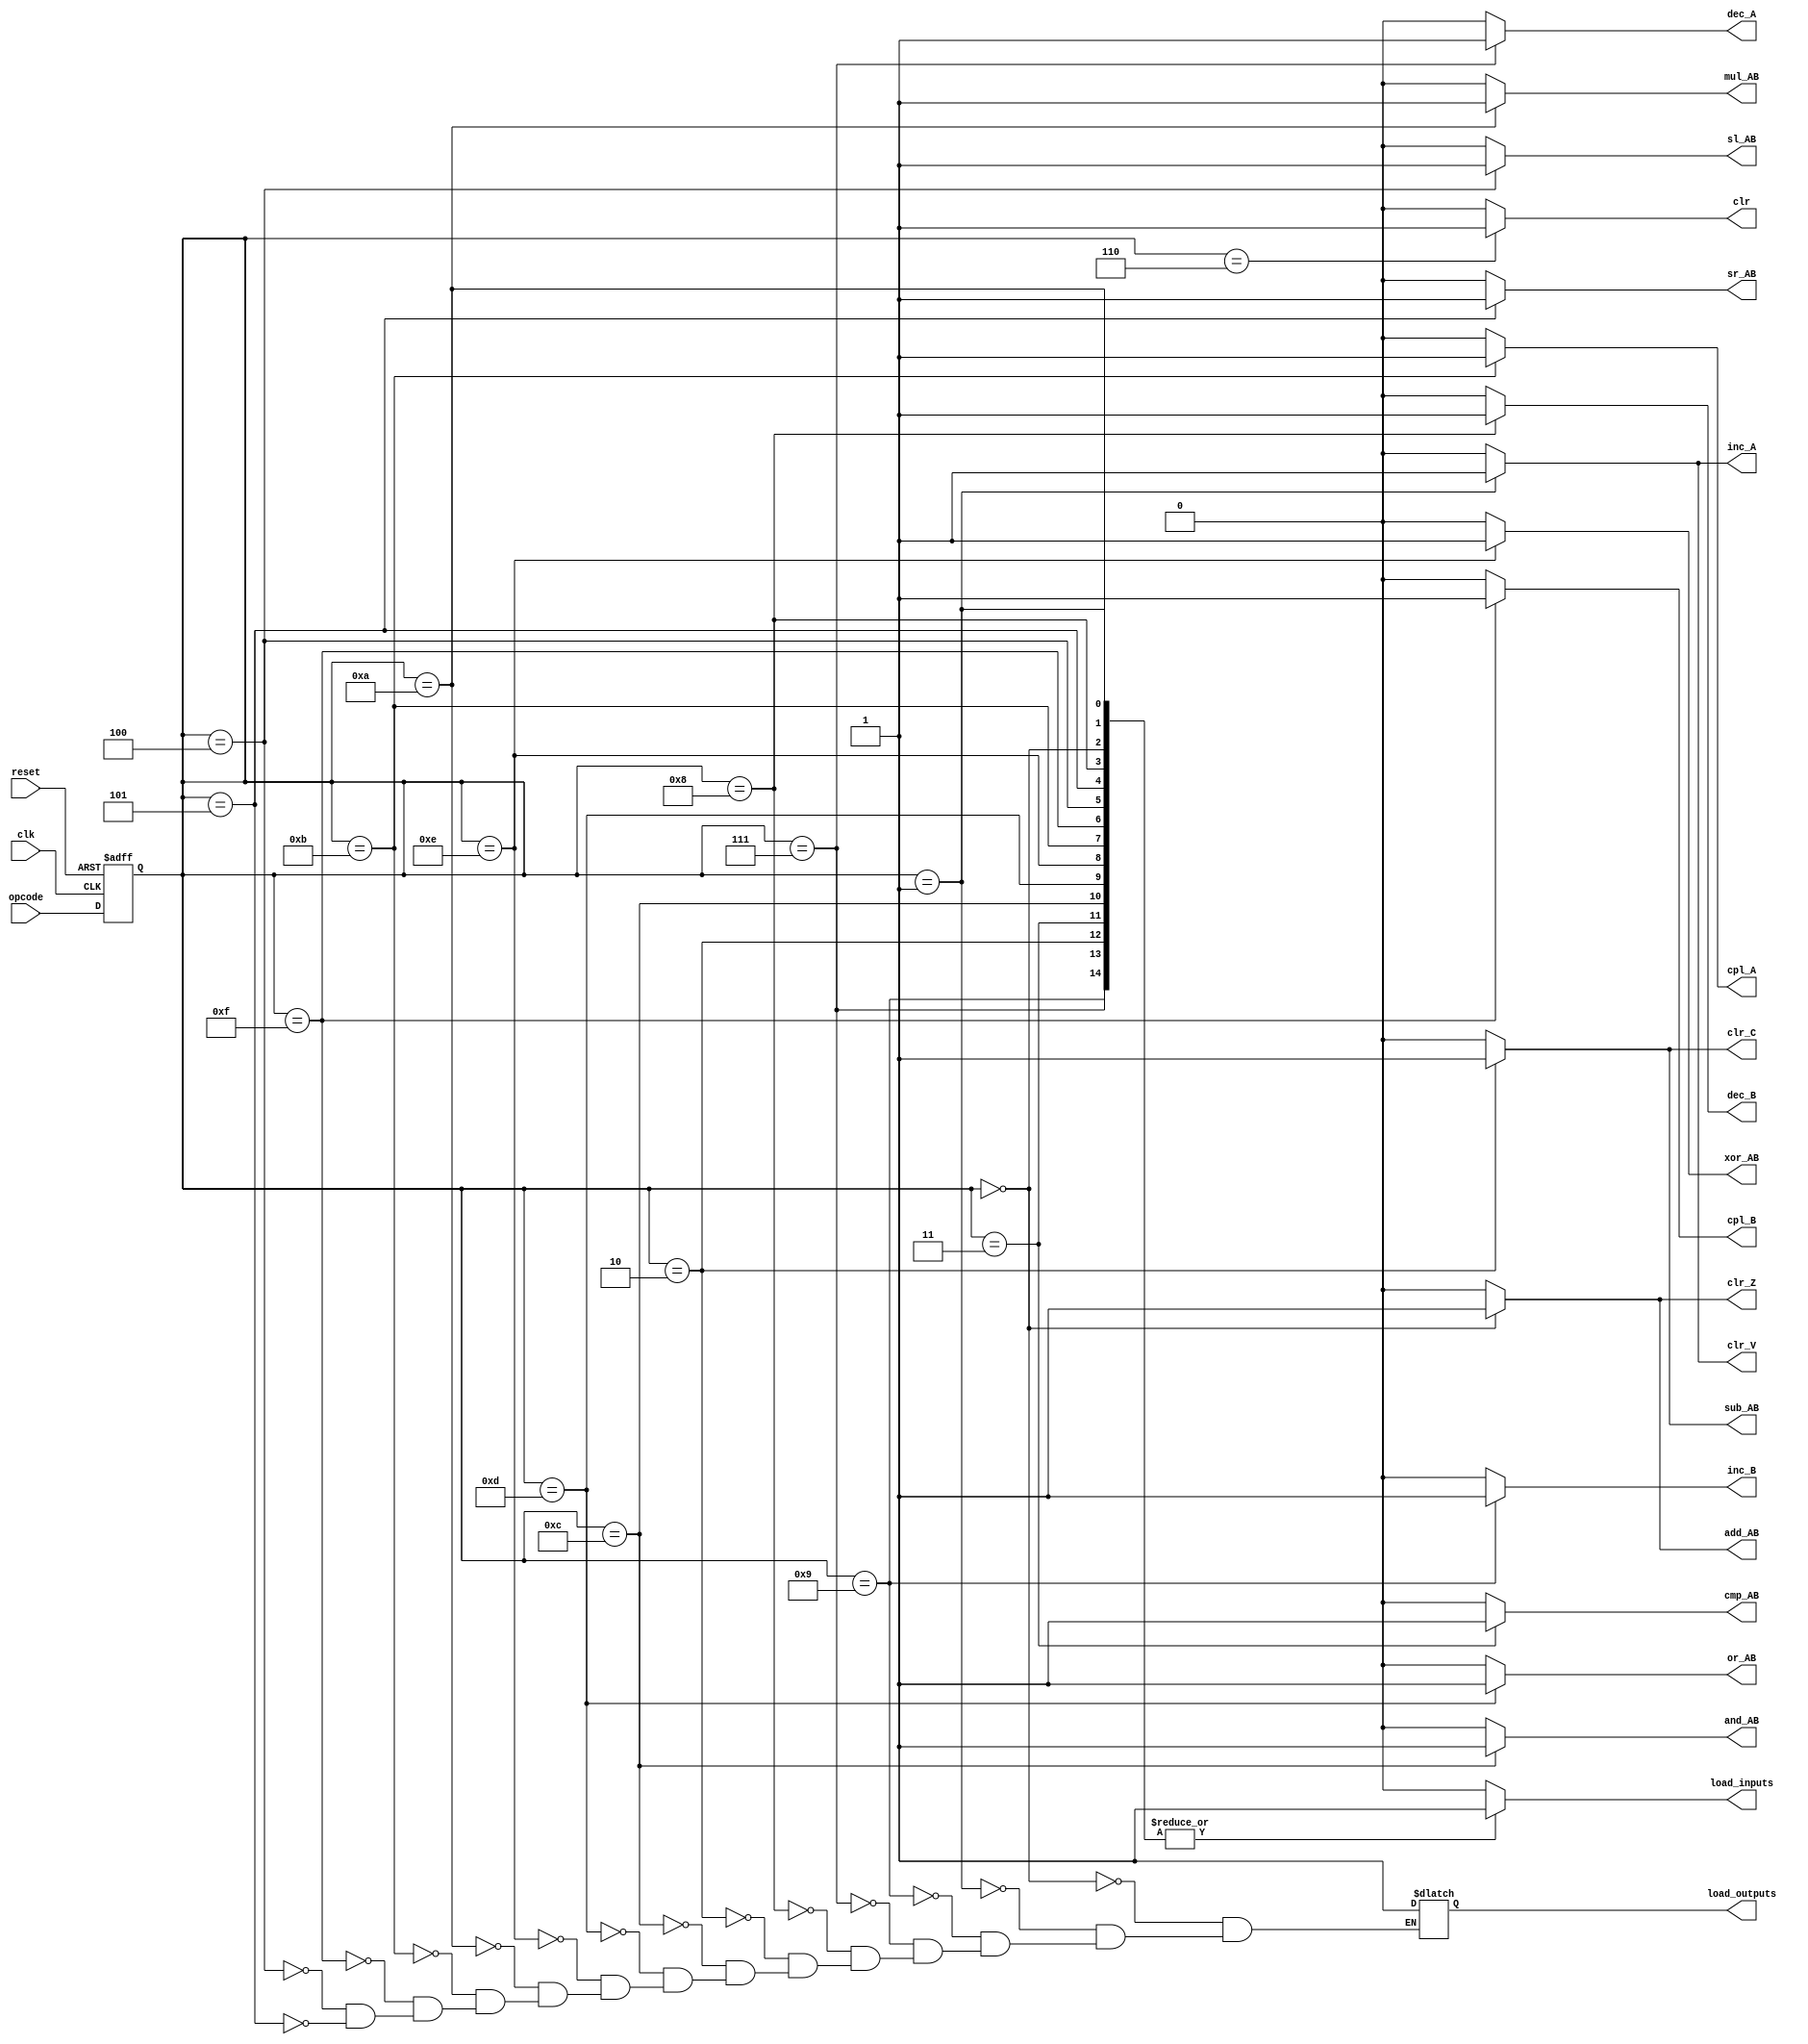
// port from university project for ALU in VHDL
//
`define  clrZ       0

`define  clrV       1
`define  clrC       2

`define  cADD_AB    0
`define  cINC_A     1
`define  cINC_B     9
`define  cSUB_AB    2
`define  cCMP_AB    3
`define  cASL_AbyB  4
`define  cASR_AbyB  5
`define  cCLR       6
`define  cDEC_A     7
`define  cDEC_B     8
`define  cMUL_AB   10
`define  cCPL_A    11
`define  cAND_AB   12
`define  cOR_AB    13
`define  cXOR_AB   14
`define  cCPL_B    15
 
//`include "alu_controller.vh"
module alu_controller (
                        add_AB          ,
                        inc_A           ,
                        inc_B           ,
                        sub_AB          ,
                        cmp_AB          ,
                        sl_AB           ,
                        sr_AB           ,
                        clr             ,
                        dec_A           ,
                        dec_B           ,
                        mul_AB          ,
                        cpl_A           ,
                        and_AB          ,
                        or_AB           ,
                        xor_AB          ,
                        cpl_B           ,

                        clr_Z           ,
                        clr_V           ,
                        clr_C           ,

                        load_inputs     ,
                        load_outputs    ,

                        opcode          ,
                        reset           , 
                        clk          
                       );

  // default opcode bit width
  parameter OPWIDTH = 4;
  parameter OPBITS  = 16;
  
  output                    add_AB          ;
  output                    inc_A           ;
  output                    inc_B           ;
  output                    sub_AB          ;
  output                    cmp_AB          ;
  output                    sl_AB           ;
  output                    sr_AB           ;
  output                    clr             ;
  output                    dec_A           ;
  output                    dec_B           ;
  output                    mul_AB          ;
  output                    cpl_A           ;
  output                    and_AB          ;
  output                    or_AB           ;
  output                    xor_AB          ;
  output                    cpl_B           ;
                                  
  output                    clr_Z           ;
  output                    clr_V           ;
  output                    clr_C           ;
                                  
  output                    load_inputs     ;
  output                    load_outputs    ;
                                    
  reg                       load_inputs     ;
  reg                       load_outputs    ;

  input    [OPWIDTH-1:0]    opcode          ;
  input                     reset           ;
  input                     clk             ; 



  reg    [OPWIDTH-1     :0] this_opcode     ;
  reg    [OPWIDTH-1     :0] next_opcode     ;
  
  reg    [65536+1:0]  opcode_sel      ;


  assign add_AB =   opcode_sel[ `cADD_AB  ];
  assign inc_A  =   opcode_sel[ `cINC_A   ];
  assign inc_B  =   opcode_sel[ `cINC_B   ];
  assign sub_AB =   opcode_sel[ `cSUB_AB  ];
  assign cmp_AB =   opcode_sel[ `cCMP_AB  ];
  assign sl_AB  =   opcode_sel[ `cASL_AbyB];
  assign sr_AB  =   opcode_sel[ `cASR_AbyB];
  assign clr    =   opcode_sel[ `cCLR     ];
  assign dec_A  =   opcode_sel[ `cDEC_A   ];
  assign dec_B  =   opcode_sel[ `cDEC_B   ];
  assign mul_AB =   opcode_sel[ `cMUL_AB  ];
  assign cpl_A  =   opcode_sel[ `cCPL_A   ];
  assign and_AB =   opcode_sel[ `cAND_AB  ];
  assign or_AB  =   opcode_sel[ `cOR_AB   ];
  assign xor_AB =   opcode_sel[ `cXOR_AB  ];
  assign cpl_B  =   opcode_sel[ `cCPL_B   ];
  
  // [leo 22MAR09 TOREVIEW] to be reviewed
  assign clr_Z  =   opcode_sel[   `clrZ];
  assign clr_V  =   opcode_sel[   `clrV];
  assign clr_C  =   opcode_sel[   `clrC];
  
  // state control
  //always @(posedge clk or reset)
  always @(posedge clk or posedge reset) // for systemc
  begin
    if    (reset)
      this_opcode <= `cCLR;
    else
      this_opcode <= opcode;

  end
        
  // FSM 
  always @(this_opcode)
  begin

    // reset opcode_sel signals
    opcode_sel    <= 'h0;
    load_inputs   <= 'h0;

    case (this_opcode)
      `cCLR     :
			begin
        opcode_sel[`cCLR   ]       <= 1'b1  ;
			end
      `cADD_AB  :
			begin
        opcode_sel[`cADD_AB]       <= 1'b1;
        load_inputs                <= 1'b1;
        load_outputs               <= 1'b1;       

			end
      `cINC_A    :
			begin

        opcode_sel[`cINC_A]        <= 1'b1;
        load_inputs                <= 1'b1;
        load_outputs               <= 1'b1;       

			end
      `cINC_B    :
			begin

        opcode_sel[`cINC_B]        <= 1'b1;
        load_inputs                <= 1'b1;
        load_outputs               <= 1'b1;       

			end
      `cDEC_A    :
			begin

        opcode_sel[`cDEC_A]        <= 1'b1;
        load_inputs                <= 1'b1;
        load_outputs               <= 1'b1;       

			end
      `cDEC_B    :
			begin

        opcode_sel[`cDEC_B]        <= 1'b1;
        load_inputs                <= 1'b1;
        load_outputs               <= 1'b1;       

			end
      `cSUB_AB  :
			begin

        opcode_sel[`cSUB_AB]       <= 1'b1;
        load_inputs                <= 1'b1;
        load_outputs               <= 1'b1;       

			end
      `cCMP_AB  :
			begin

        opcode_sel[`cCMP_AB]       <= 1'b1;
        load_inputs                <= 1'b1;

			end
      `cAND_AB  :
			begin

        opcode_sel[`cAND_AB]       <= 1'b1;
        load_inputs                <= 1'b1;
        load_outputs               <= 1'b1;       

			end
      `cOR_AB    :
			begin

        opcode_sel[`cOR_AB]        <= 1'b1;
        load_inputs                <= 1'b1;
        load_outputs               <= 1'b1;       

			end
      `cXOR_AB  :
			begin

        opcode_sel[`cXOR_AB]       <= 1'b1;
        load_inputs                <= 1'b1;
        load_outputs               <= 1'b1;       

			end
      `cMUL_AB  :
			begin

        opcode_sel[`cMUL_AB]       <= 1'b1;
        load_inputs                <= 1'b1;
        load_outputs               <= 1'b1;       

			end
      `cCPL_A    :
			begin

        opcode_sel[`cCPL_A]        <= 1'b1;
        load_inputs                <= 1'b1;
        load_outputs               <= 1'b1;       

			end
      `cCPL_B    :
			begin

        opcode_sel[`cCPL_B]        <= 1'b1;
        load_inputs                <= 1'b1;
        load_outputs               <= 1'b1;       

			end
      `cASL_AbyB  :
			begin

        opcode_sel[`cASL_AbyB]     <= 1'b1;
        load_inputs                <= 1'b1;
        load_outputs               <= 1'b1;       

			end
      `cASR_AbyB  :
			begin

        opcode_sel[`cASR_AbyB]     <= 1'b1;
        load_inputs                <= 1'b1;
        load_outputs               <= 1'b1;       

			end
      default :
			begin
        next_opcode       <= this_opcode;
      end
			endcase
  end // always begin for FSM
endmodule